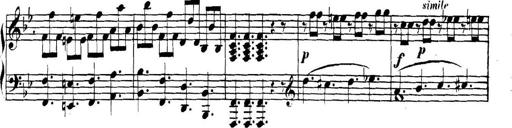
Title: Collected Piano Sonatas
Composer: Muzio Clementi